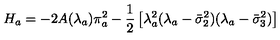
H _ { a } = - 2 A ( \lambda _ { a } ) \pi _ { a } ^ { 2 } - \frac { 1 } { 2 } \left[ \lambda _ { a } ^ { 2 } ( \lambda _ { a } - \bar { \sigma } _ { 2 } ^ { 2 } ) ( \lambda _ { a } - \bar { \sigma } _ { 3 } ^ { 2 } ) \right]